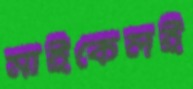
মাইকেলই